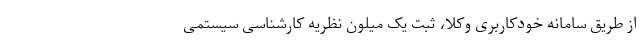
از طریق سامانه خودکاربری وکلا، ثبت یک میلون نظریه کارشناسی سیستمی